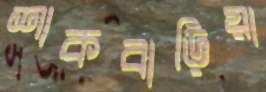
শাকবাড়িয়া